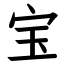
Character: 宝